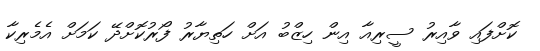
ކޮށްފައި ވާއިރު ސީރިއާ އިން ހިޒްބު އަށް ހަތިޔާރު ފޯރުކޮށްދޭ ކަމަށް އެމެރިކާ